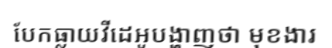
បែកធ្លាយវីដេអូបង្ហាញថា មុខងារ